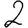
Digit: 2